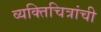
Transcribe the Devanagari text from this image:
व्यक्तिचित्रांची